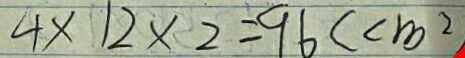
4 \times 1 2 \times 2 = 9 6 ( c m ^ { 2 }